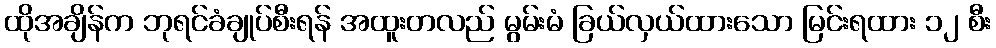
ထိုအချိန်က ဘုရင်ခံချုပ်စီးရန် အထူးတလည် မွမ်းမံ ခြယ်လှယ်ထားသော မြင်းရထား ၁၂ စီး